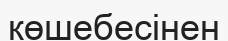
көшебесінен